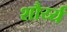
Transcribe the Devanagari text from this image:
शौर्य्य